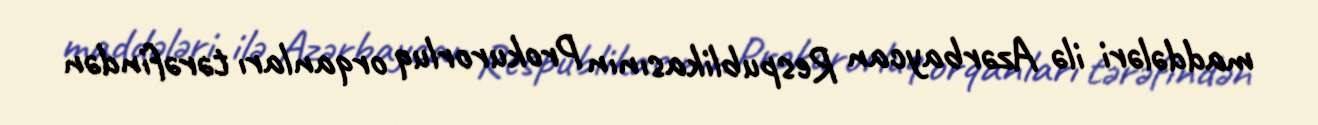
maddələri ilə Azərbaycan Respublikasının Prokurorluq orqanları tərəfindən